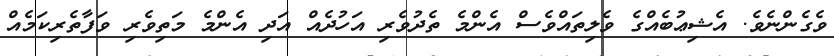
ވެގެންނެވެ. އެޝިޢުބެއްގެ ވެލިތައްވެސް އެންމެ ތެދުވެރި އަހުދެއް އަދި އެންމެ މަތިވެރި ވަފާތެރިކަމެއް